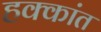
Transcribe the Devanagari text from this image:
हक्कांत